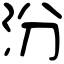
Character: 汾